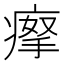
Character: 𤸻